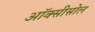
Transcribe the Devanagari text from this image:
ऑक्सीसोल